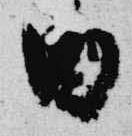
酉